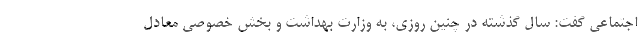
اجتماعی گفت: سال گذشته در چنین روزی، به وزارت بهداشت و بخش خصوصی معادل